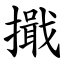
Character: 擑